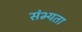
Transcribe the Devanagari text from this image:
संभ्यता